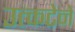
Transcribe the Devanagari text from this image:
उत्कटेने